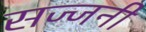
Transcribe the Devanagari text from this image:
सज्जनी